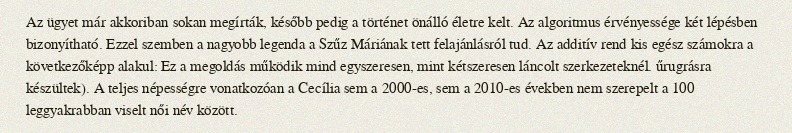
Az ügyet már akkoriban sokan megírták, később pedig a történet önálló életre kelt. Az algoritmus érvényessége két lépésben bizonyítható. Ezzel szemben a nagyobb legenda a Szűz Máriának tett felajánlásról tud. Az additív rend kis egész számokra a következőképp alakul: Ez a megoldás működik mind egyszeresen, mint kétszeresen láncolt szerkezeteknél. űrugrásra készültek). A teljes népességre vonatkozóan a Cecília sem a 2000-es, sem a 2010-es években nem szerepelt a 100 leggyakrabban viselt női név között.